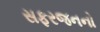
સફરજનનો